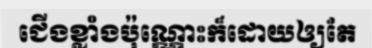
ជើងខ្លាំងប៉ុណ្ណោះក៏ដោយឲ្យតែ